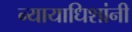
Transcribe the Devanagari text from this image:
न्यायाधिशांनी